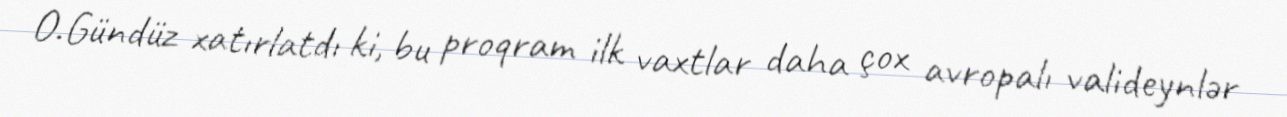
O.Gündüz xatırlatdı ki, bu proqram ilk vaxtlar daha çox avropalı valideynlər